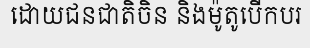
ដោយជនជាតិចិន និងម៉ូតូបើកបរ